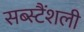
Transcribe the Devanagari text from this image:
सब्स्टैंशली